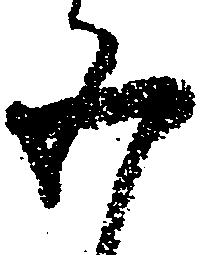
五